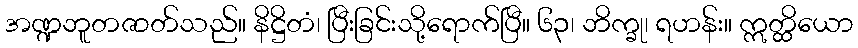
အဏ္ဍဘူတဇာတ်သည်။ နိဋ္ဌိတံ၊ ပြီးခြင်းသို့ရောက်ပြီ။ ၆၃၊ ဘိက္ခု၊ ရဟန်း။ ဣတ္ထိယော